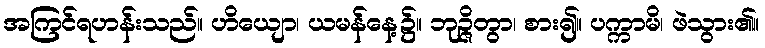
အကြင်ရဟန်းသည်။ ဟိယျော၊ ယမန်နေ့၌။ ဘုဉ္ဇိတွာ၊ စား၍။ ပက္ကာမိ၊ ဖဲသွား၏။